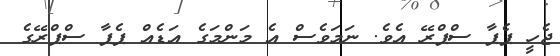
ޖެހީ ޕެޕާ ސްޕްރޭ އެވެ. ނަމަވެސް އެ މަންމަގެ އަޑެއް ޕެޕާ ސްޕްރޭގެ